Lunatic asylums in Bengal annual reports 1888-1898 - 1888-1898
Year: 1888
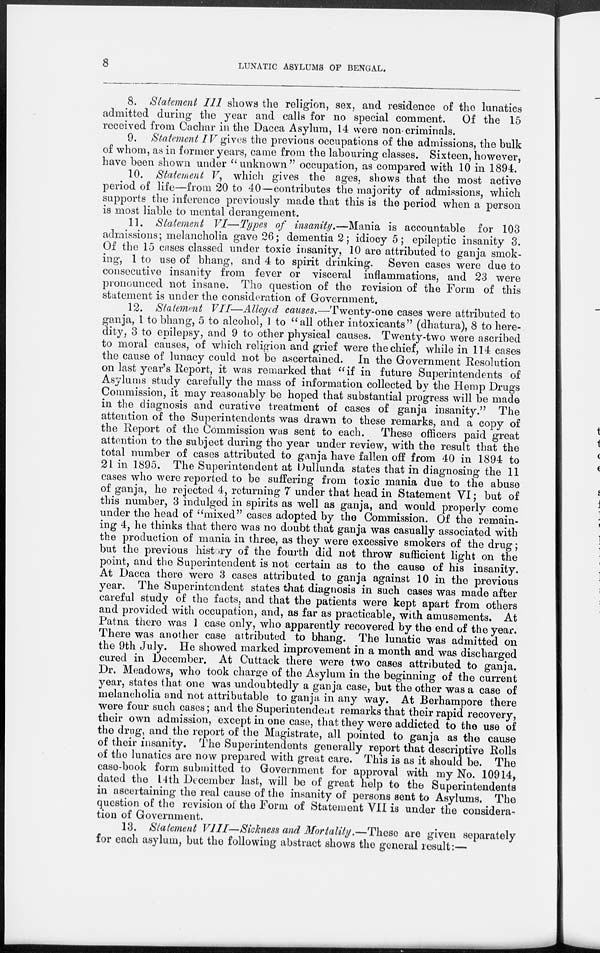
8
LUNATIC ASYLUMS OF BENGAL.
8. Statement III shows the religion, sex, and residence of the lunatics
admitted during the year and calls for no special comment.
Of the 15
received from Cachar in the Dacca Asylum, 14 were non-criminals.
9. Statement IV gives the previous occupations of the admissions, the bulk
of whom, as in former years, came from the labouring classes. Sixteen, however,
have been shown under "unknown" occupation, as compared with 10 in 1894.
10. Statement V, which gives the ages, shows that the most active
period of life—from 20 to 40—contributes the majority of admissions, which
supports the inference previously made that this is the period when a person
is most liable to mental derangement.
11. Statement VI—Types of insanity.—Mania is accountable for 103
admissions; melancholia gave 26; dementia 2; idiocy 5; epileptic insanity 3.
Of the 15 cases classed under toxic insanity, 10 are attributed to ganja smok-
ing, 1 to use of bhang, and 4 to spirit drinking. Seven cases were due to
consecutive insanity from fever or visceral inflammations, and 23 were
pronounced not insane. The question of the revision of the Form of this
statement is under the consideration of Government.
12. Statement VII—Alleged causes.—Twenty-one cases were attributed to
ganja, 1 to bhang, 5 to alcohol, 1 to "all other intoxicants" (dhatura), 8 to here-
dity, 3 to epilepsy, and 9 to other physical causes. Twenty-two were ascribed
to moral causes, of which religion and grief were the chief, while in 114 cases
the cause of lunacy could not be ascertained. In the Government Resolution
on last year's Report, it was remarked that "if in future Superintendents of
Asylums study carefully the mass of information collected by the Hemp Drugs
Commission, it may reasonably be hoped that substantial progress will be made
in the diagnosis and curative treatment of cases of ganja insanity." The
attention of the Superintendents was drawn to these remarks, and a copy of
the Report of the Commission was sent to each.
These officers paid great
attention to the subject during the year under review, with the result that the
total number of cases attributed to ganja have fallen off from 40 in 1894 to
21 in 1895. The Superintendent at Dullunda states that in diagnosing the 11
cases who were reported to be suffering from toxic mania due to the abuse
of ganja, he rejected 4, returning 7 under that head in Statement VI; but of
this number, 3 indulged in spirits as well as ganja, and would properly come
under the head of "mixed" cases adopted by the Commission. Of the remain-
ing 4, he thinks that there was no doubt that ganja was casually associated with
the production of mania in three, as they were excessive smokers of the drug;
but the previous history of the fourth did not throw sufficient light on the
point, and the Superintendent is not certain as to the cause of his insanity.
At Dacca there were 3 cases attributed to ganja against 10 in the previous
year. The Superintendent states that diagnosis in such cases was made after
careful study of the facts, and that the patients were kept apart from others
and provided with occupation, and, as far as practicable, with amusements. At
Patna there was 1 case only, who apparently recovered by the end of the year.
There was another case attributed to bhang. The lunatic was admitted on
the 9th July. He showed marked improvement in a month and was discharged
cured in December. At Cuttack there were two cases attributed to ganja.
Dr. Meadows, who took charge of the Asylum in the beginning of the current
year, states that one was undoubtedly a ganja case, but the other was a case of
melancholia and not attributable to ganja in any way. At Berhampore there
were four such cases; and the Superintendent remarks that their rapid recovery,
their own admission, except in one case, that they were addicted to the use of
the drug, and the report of the Magistrate, all pointed to ganja as the cause
of their insanity. The Superintendents generally report that descriptive Rolls
of the lunatics are now prepared with great care. This is as it should be. The
case-book form submitted to Government for approval with my No. 10914,
dated the 14th December last, will be of great help to the Superintendents
in ascertaining the real cause of the insanity of persons sent to Asylums. The
question of the revision of the Form of Statement VII is under the considera-
tion of Government.
13. Statement VIII— Sickness and Mortality.—These
are given separately
for each asylum, but the following abstract shows the general result:—